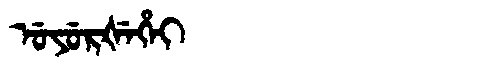
Manchu: ᡠᠶᡠᡵᡧᡝᡥᡝᡳ
Romanization: UYURŠEHEI